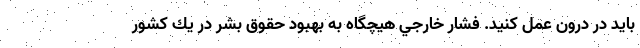
بايد در درون عمل كنيد. فشار خارجي هيچگاه به بهبود حقوق بشر در يك كشور